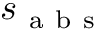
s _ { \mathrm { ~ a ~ b ~ s ~ } }